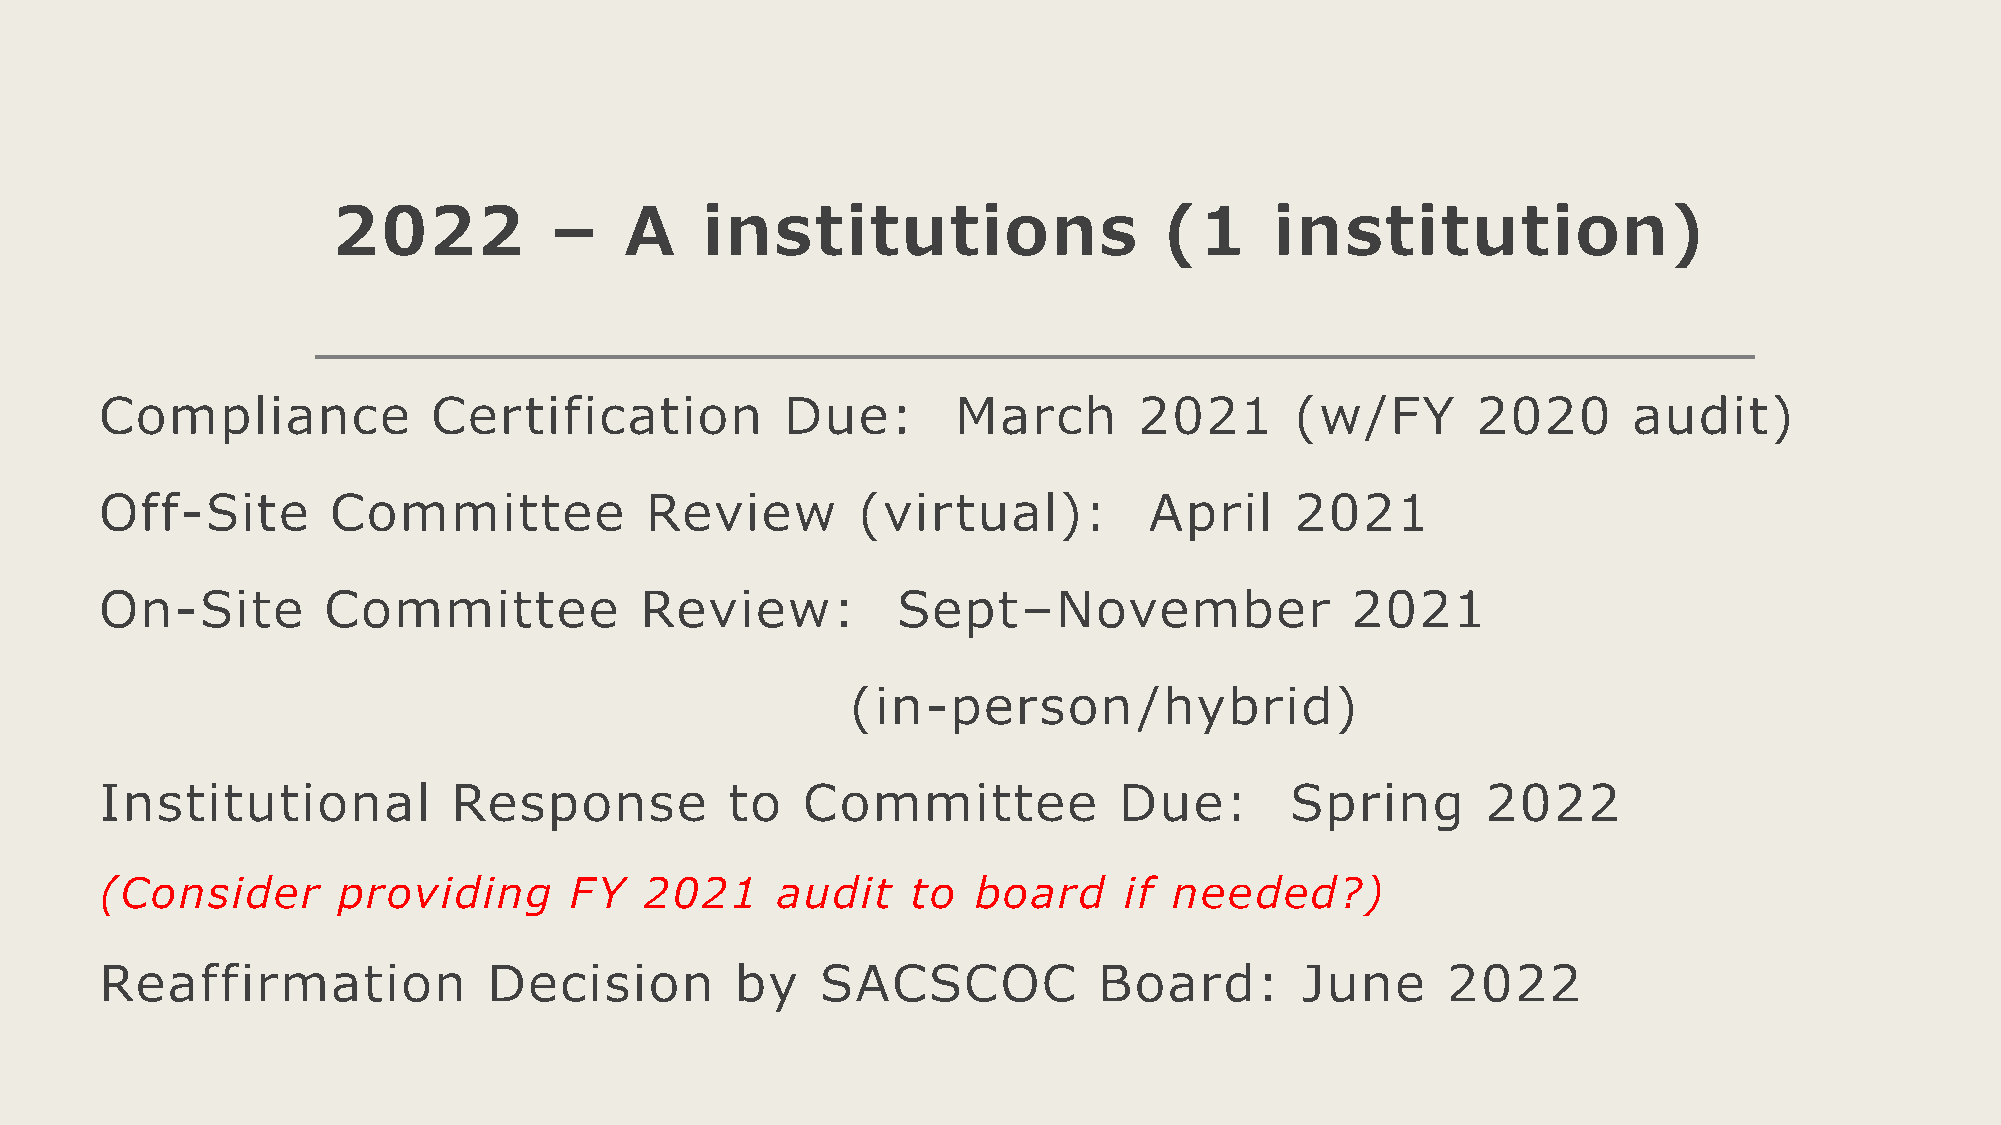
2022          –    A    institutions                   (1     institution)
 Compliance            Certification          Due:       March       2021       (w/FY       2020      audit)
 Off-Site       Committee            Review        (virtual):         April     2021
 On-Site       Committee            Review:          Sept–November                 2021
 (in-person/hybrid)
 Institutional          Response          to   Committee            Due:       Spring       2022
 (Consider      providing       FY   2021    audit    to   board    if  needed?)
 Reaffirmation            Decision         by   SACSCOC            Board:       June      2022